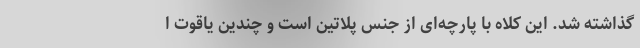
گذاشته شد. این کلاه با پارچه‌ای از جنس پلاتین است و چندین یاقوت ا